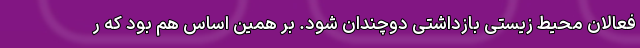
فعالان محیط‌ زیستی بازداشتی دوچندان شود. بر همین اساس هم بود که ر